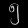
Digit: ၅